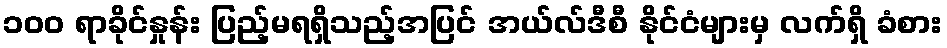
၁၀၀ ရာခိုင်နှုန်း ပြည့်မရရှိသည့်အပြင် အယ်လ်ဒီစီ နိုင်ငံများမှ လက်ရှိ ခံစား